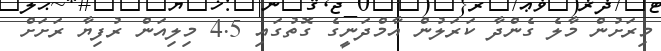
މިރަށުން މާލެ ގެންދާ ކަރަލުން އާމްދަނީގެ ގޮތުގައި 4.5 މިލިއަން ރުފިޔާ ރަށަށް